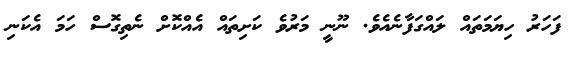
ފަހަރު ހިޔަމަތައް ލައްގަފާނެއެވެ. ނޫނީ މަރުވެ ކަށިތައް އެއްކޮށް ނެތިގޮސް ހަމަ އެކަނި